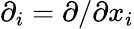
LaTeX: \partial_{i}=\partial/\partial x_{i}